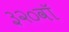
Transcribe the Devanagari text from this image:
३२०वॉ